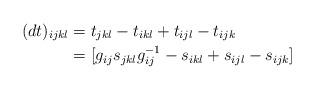
LaTeX: \begin{align*}(dt)_{ijkl}&=t_{jkl}-t_{ikl}+t_{ijl}-t_{ijk}\\ &=[g_{ij}s_{jkl}g_{ij}^{-1}-s_{ikl}+s_{ijl}-s_{ijk}]\end{align*}